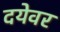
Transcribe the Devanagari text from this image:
दयेवर